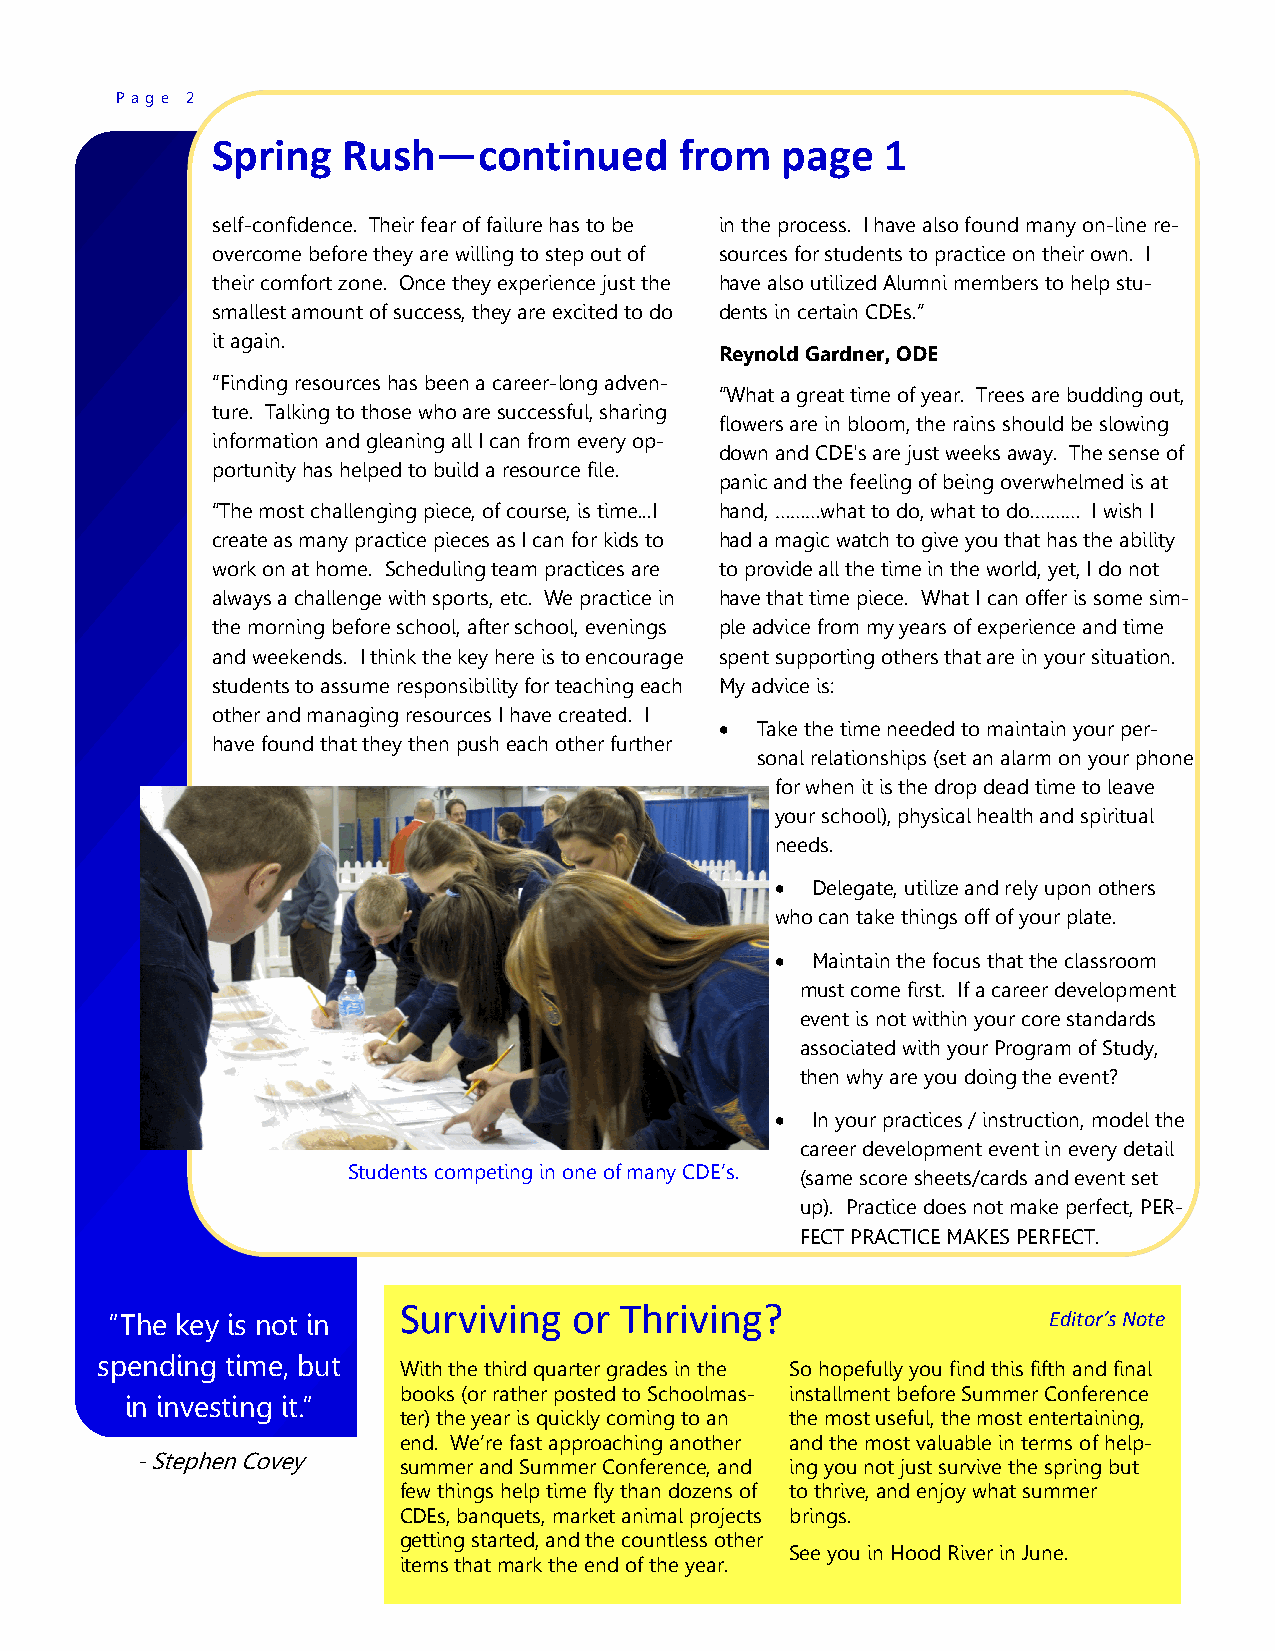
P a g e 2
 Spring   Rush—continued        from   page   1
 self-confidence. Their fear of failure has to be in the process. I have also found many on-line re-
 overcome before they are willing to step out of sources for students to practice on their own. I
 their comfort zone. Once they experience just the have also utilized Alumni members to help stu-
 smallest amount of success, they are excited to do dents in certain CDEs.‖
 it again.
 Reynold Gardner, ODE
 ―Finding resources has been a career-long adven-
 ―What a great time of year. Trees are budding out,
 ture. Talking to those who are successful, sharing
 flowers are in bloom, the rains should be slowing
 information and gleaning all I can from every op-
 down and CDE's are just weeks away. The sense of
 portunity has helped to build a resource file.
 panic and the feeling of being overwhelmed is at
 ―The most challenging piece, of course, is time...I hand, ………what to do, what to do.……… I wish I
 create as many practice pieces as I can for kids to had a magic watch to give you that has the ability
 work on at home. Scheduling team practices are to provide all the time in the world, yet, I do not
 always a challenge with sports, etc. We practice in have that time piece. What I can offer is some sim-
 the morning before school, after school, evenings ple advice from my years of experience and time
 and weekends. I think the key here is to encourage spent supporting others that are in your situation.
 students to assume responsibility for teaching each My advice is:
 other and managing resources I have created. I
  Take the time needed to maintain your per-
 have found that they then push each other further
 sonal relationships (set an alarm on your phone
 for when it is the drop dead time to leave
 your school), physical health and spiritual
 needs.
   Delegate, utilize and rely upon others
 who can take things off of your plate.
   Maintain the focus that the classroom
 must come first. If a career development
 event is not within your core standards
 associated with your Program of Study,
 then why are you doing the event?
   In your practices / instruction, model the
 career development event in every detail
 Students competing in one of many CDE‘s. (same score sheets/cards and event set
 up). Practice does not make perfect, PER-
 FECT PRACTICE MAKES PERFECT.
 Surviving   or Thriving?
 ‖The key is not in                                            Editor’s Note
 spending time, but
 With the third quarter grades in the So hopefully you find this fifth and final
 books (or rather posted to Schoolmas- installment before Summer Conference
 in investing it.‖
 ter) the year is quickly coming to an the most useful, the most entertaining,
 end. We‘re fast approaching another and the most valuable in terms of help-
 - Stephen Covey  summer and Summer Conference, and ing you not just survive the spring but
 few things help time fly than dozens of to thrive, and enjoy what summer
 CDEs, banquets, market animal projects brings.
 getting started, and the countless other
 See you in Hood River in June.
 items that mark the end of the year.